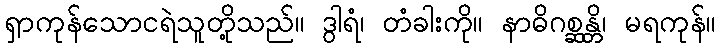
ရှာကုန်သောငရဲသူတို့သည်။ ဒွါရံ၊ တံခါးကို။ နာဓိဂစ္ဆန္တိ၊ မရကုန်။